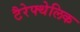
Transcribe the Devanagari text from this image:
टैरेफ्थेलिक